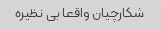
شکارچیان واقعا بی نظیره